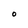
Character: O